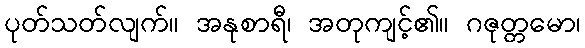
ပုတ်သတ်လျက်။ အနုစာရီ၊ အတုကျင့်၏။ ဂဇုတ္တမော၊